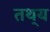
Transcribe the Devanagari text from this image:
तथ्‌य